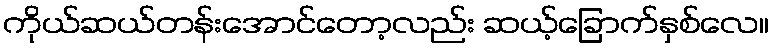
ကိုယ်ဆယ်တန်းအောင်တော့လည်း ဆယ့်ခြောက်နှစ်လေ။